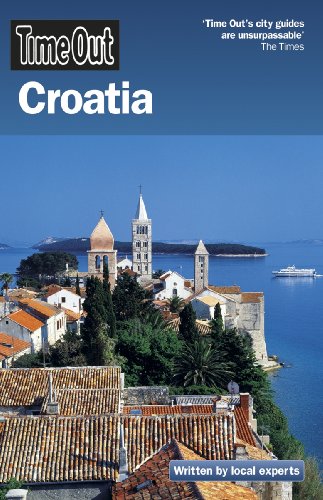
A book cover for Time Out Croatia (Time Out Guides); Travel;